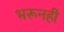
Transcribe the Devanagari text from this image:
भरूनही